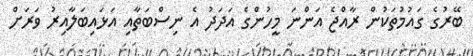
ބޭރުގެ ގައުމުތަކުން ރާއްޖެ އަންނަ މީހުންގެ އަދަދު އެ ނިސްބަތާއި އަޅައިބަލާއިރު ވަރަށް